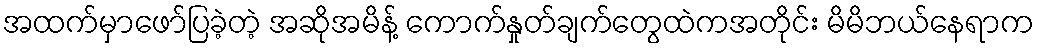
အထက်မှာဖော်ပြခဲ့တဲ့ အဆိုအမိန့် ကောက်နှုတ်ချက်တွေထဲကအတိုင်း မိမိဘယ်နေရာက